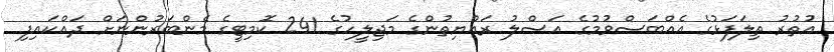
އުތުރު ތިލަފަަޅުގެ އެއްބަސްވުމުގެ އަސްލު ރައްޔިތުންގެ މަޖިލީހުގެ 241 ކޮމިޓީގެ މެންބަރުންނަށް ދައްކައިފި